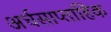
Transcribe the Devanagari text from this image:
अर्धसाप्ताहिक